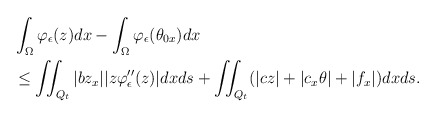
\begin{align*} &\int_\Omega \varphi_\epsilon(z)dx-\int_\Omega \varphi_\epsilon(\theta_{0x})dx \\ &\leq \iint_{Q_t}|b z_x||z\varphi_\epsilon''(z)|dxds + \iint_{Q_t}(|c z|+|c_x \theta|+|f_x|)dxds.\end{align*}